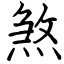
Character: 煞